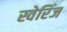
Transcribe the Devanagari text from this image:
स्वेरिंज